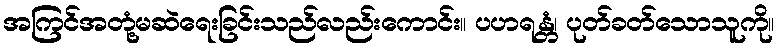
အကြင်အတုံ့မဆဲရေးခြင်းသည်လည်းကောင်း။ ပဟရန္တံ၊ ပုတ်ခတ်သောသူကို။